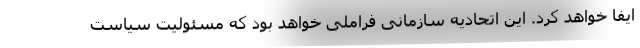
ایفا خواهد کرد. این اتحادیه سازمانی فراملی خواهد بود که مسئولیت سیاست